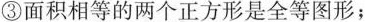
③面积相等的两个正方形是全等图形；